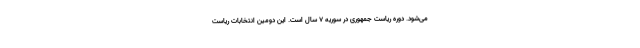
می‌شود. دوره ریاست جمهوری در سوریه ۷ سال است. این دومین انتخابات ریاست